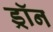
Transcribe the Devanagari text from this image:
ड्रॉन